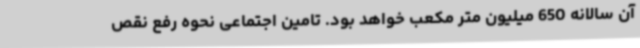
آن سالانه 650 میلیون متر مکعب خواهد بود. تامین اجتماعی نحوه رفع نقص